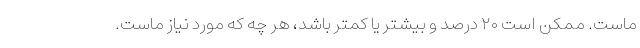
ماست. ممکن است ۲۰ درصد و بیشتر یا کمتر باشد، هر چه که مورد نیاز ماست.